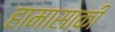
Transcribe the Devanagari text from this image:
हामासाकी